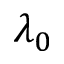
\lambda _ { 0 }